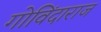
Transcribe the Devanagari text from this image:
गोविंदाराज